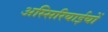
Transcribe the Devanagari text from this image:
अस्सिरियाईयों